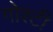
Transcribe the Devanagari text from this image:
गोश्टी